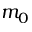
m _ { 0 }